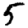
Digit: 5